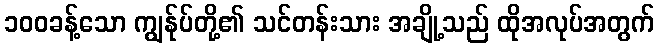
၁၀၀ခန့်သော ကျွန်ုပ်တို့၏ သင်တန်းသား အချို့သည် ထိုအလုပ်အတွက်